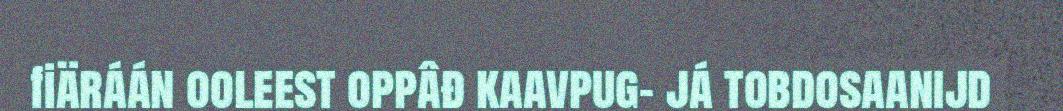
fiäráán ooleest oppâđ kaavpug- já tobdosaanijd